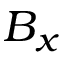
B _ { x }